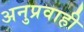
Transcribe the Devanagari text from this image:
अनुप्रवाही